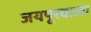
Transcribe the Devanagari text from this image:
जयपूरवाला